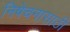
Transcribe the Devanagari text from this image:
निषेचनासाठी